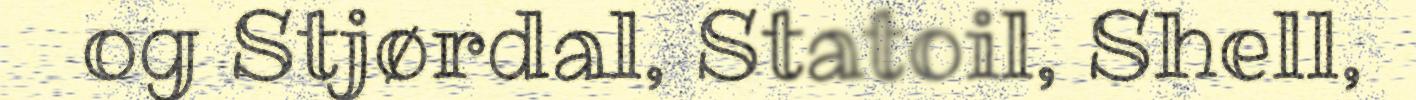
og Stjørdal, Statoil, Shell,